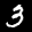
Label: 3